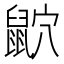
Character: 𪕏